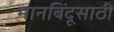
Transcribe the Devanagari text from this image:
मानबिंदूसाठी